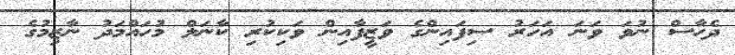
ދެހާސް ނުވަ ވަނަ އަހަރު ސިފައިންގެ ވަޒީފާއިން ވަކިކުރި ކާނަލް މުހައްމަދު ނާޒިމުގެ